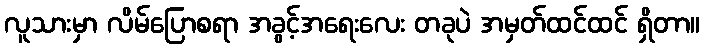
လူသားမှာ လိမ်ပြောစရာ အခွင့်အရေးလေး တခုပဲ အမှတ်ထင်ထင် ရှိတာ။